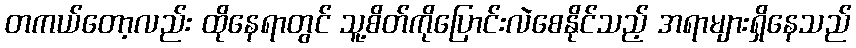
တကယ်တော့လည်း ထိုနေရာတွင် သူ့စိတ်ကိုပြောင်းလဲစေနိုင်သည့် အရာများရှိနေသည်